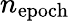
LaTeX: n_{\mathrm{epoch}}